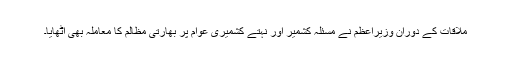
ملاقات کے دوران وزیراعظم نے مسئلہ کشمیر اور نہتے کشمیری عوام پر بھارتی مظالم کا معاملہ بھی اٹھایا۔